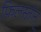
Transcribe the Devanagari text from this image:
फ़िलस्त़ीन्